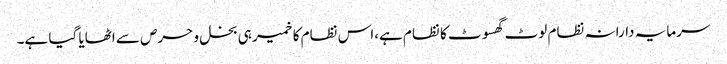
سرمایہ دارانہ نظام لوٹ گھسوٹ کا نظام ہے،اس نظام کا خمیر ہی بخل و حرص سے اٹھایا گیا ہے۔